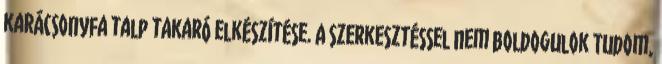
karácsonyfa talp takaró elkészítése. A szerkesztéssel nem boldogulok Tudom,